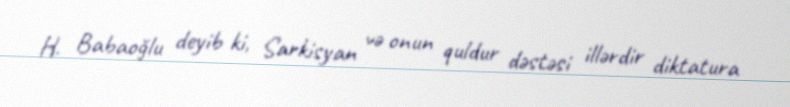
H. Babaoğlu deyib ki, Sarkisyan və onun quldur dəstəsi illərdir diktatura